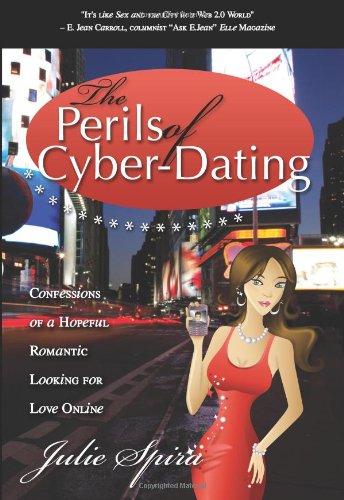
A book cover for The Perils of Cyber-Dating: Confessions of a Hopeful Romantic Looking for Love Online; Julie Spira; Humor & Entertainment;